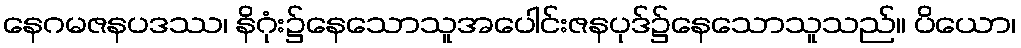
နေဂမဇနပဒဿ၊ နိဂုံး၌နေသောသူအပေါင်းဇနပုဒ်၌နေသောသူသည်။ ပိယော၊